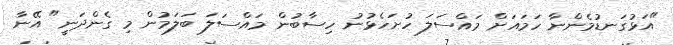
"އަޅުގަނޑުމެންނާ ހަމައަށް މައްސަލަ ހުށަހެޅުނު ހިސާބުން މައްސަލަ ބަލަމުން މި ގެންދަނީ" އޭނާ